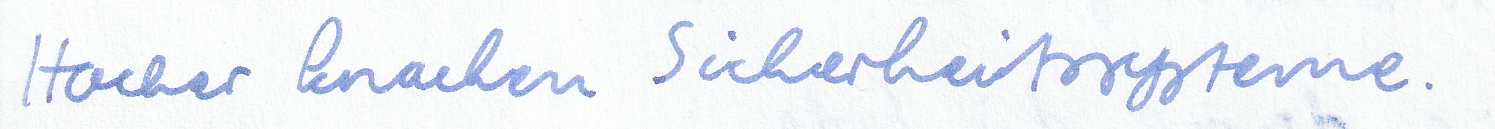
Hacker knacken Sicherheitssysteme.